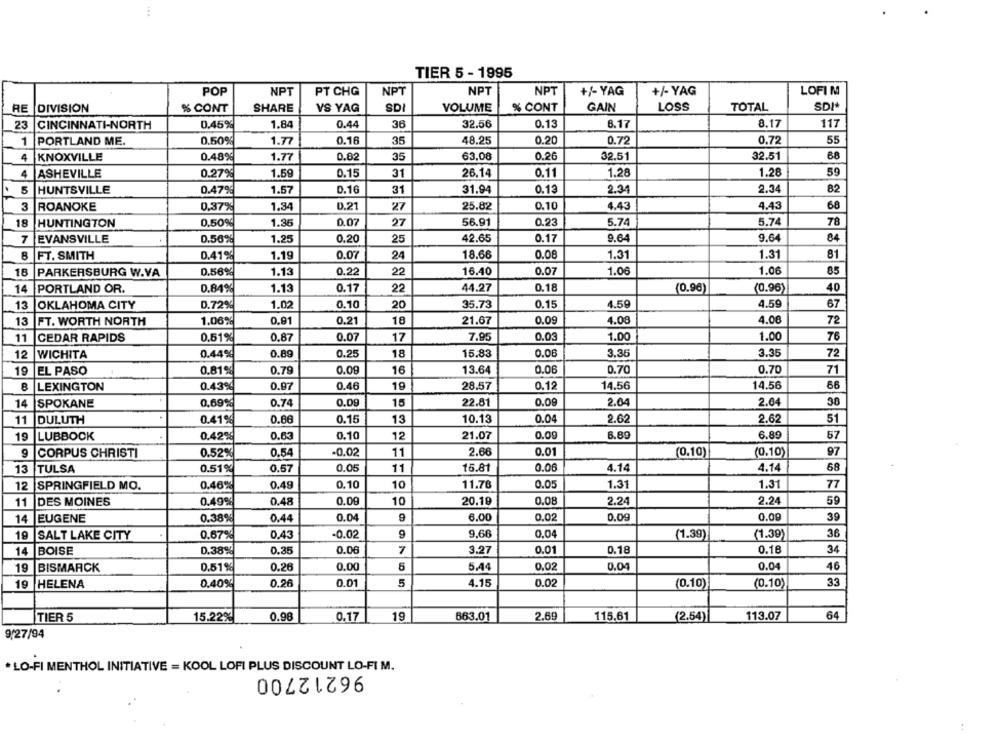
TIER 5 - 1995
NPT
POP
NPT
PT CHG
NPT
NPT
+/- YAG
+/- YAG
LOFI M
RE
DIVISION
% CONT
SHARE
VS YAG
SDI
VOLUME
% CONT
GAIN
LOSS
TOTAL
SDN
23
CINCINNATI-NORTH
0.45%
1.84
0.44
36
32.56
0.13
6.17
8.17
117
1
PORTLAND ME.
0.50%
1.77
0.16
35
48.25
0.20
0.72
0.72
55
KNOXVILLE
1.77
0.02
35
63.08
0.26
32.51
68
4
0.48%
32.51
4
ASHEVILLE
0.27%
1.59
0.15
31
26,14
0.11
1.28
1.28
59
5
HUNTSVILLE
0.47%
1.57
0.16
31
31.94
0.13
2.31
2.34
82
3
ROANOKE
0,37%
1.34
0.21
27
25.82
0.10
4.43
4.43
68
18
0,50%
1.36
0.07
27
56.91
0.23
5.74
5.74
78
HUNTINGTON
1.25
0.20
25
9.64
9.64
84
7
EVANSVILLE
0.56%
42.65
0.17
8
FT. SMITH
0.41%
1.19
0.07
24
18.66
0.08
1.31
1.31
81
18
PARKERSBURG W.VA
0.56%
1.13
0.22
22
16.40
0.07
1.06
1.06
85
14
PORTLAND OR.
0.84%
1.13
0.17
22
44.27
0.18
(0.96)
(0.96)
40
OKLAHOMA CITY
D.72%
1.02
0.10
20
35.73
0.15
4.59
4.59
67
13
0.81
0.09
4.08
4.06
13
FT. WORTH NORTH
1.06%
0.21
18
21.67
72
11
CEDAR RAPIDS
0.61%
0.87
0.07
17
7.95
0.03
1.00
1.00
76
12
WICHITA
0.44%
0.89
0.25
18
15.83
0.08
3.35
3.35
72
19
EL PASO
0.81%
0.79
0.09
16
13.64
0.06
0.70
0.70
71
0.43%
0.97
0.46
19
28.57
0.12
14.56
14.56
66
8
LEXINGTON
0.09
38
14
SPOKANE
0,69%
0.74
0.09
15
22.81
2.04
2.04
11
DULUTH
0.41%
0.66
0.15
13
10.13
0.04
2.62
2.62
51
19
LUBBOCK
0.42%
0.63
0.10
12
21.07
0.09
6.89
6.89
57
9
0.54
-0.02
11
2.66
0.01
(0.10)
(0.10)
97
CORPUS CHRISTI
0.52%
0.57
0.05
11
16.81
0.06
4.14
4.14
68
13
TULSA
0.51%
12
SPRINGFIELD MO.
0.46%
0.49
0.10
10
11.76
0.05
1.31
1.31
77
11
DES MOINES
0.49%
0.48
0.00
10
20.19
0.08
2.24
2.24
59
14
EUGENE
0.38%
0.44
0.04
6.00
0.02
0.09
0.00
39
19
0.67%
0,43
-0.02
9
9.66
0.04
(1.39)
(1.30)
36
SALT LAKE CITY
14
0.38%
0.35
0.00
7
0.01
0.18
0.18
34
BOISE
3.27
19
BISMARCK
0.51%
0.26
0.00
6
5,44
0.02
0.04
0.04
46
19
HELENA
0.40%
0.26
0.01
5
4.15
0.02
(0.10)
(0.10)
33
0.17
2.69
113.07
64
TIER 5
15.22%
0.98
19
663.01
115.61
(2.54)
9/27/94
* LO-FI MENTHOL INITIATIVE = KOOL LOFI PLUS DISCOUNT LO-FI M.
96212700